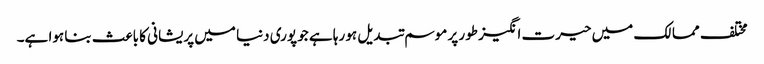
مختلف ممالک میں حیرت انگیز طور پر موسم تبدیل ہو رہا ہے جو پوری دنیا میں پریشانی کا باعث بنا ہوا ہے۔